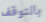
بالتوقف